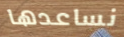
نساعدها